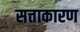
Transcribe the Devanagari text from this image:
सत्ताकारण